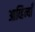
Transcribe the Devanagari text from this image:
आव्हिन्याँ